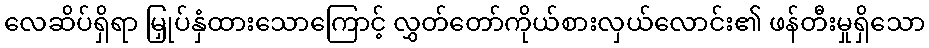
လေဆိပ်ရှိရာ မြှုပ်နှံထားသောကြောင့် လွှတ်တော်ကိုယ်စားလှယ်လောင်း၏ ဖန်တီးမှုရှိသော